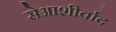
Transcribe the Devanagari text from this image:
सेआशीर्वाद